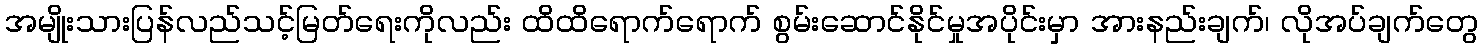
အမျိုးသားပြန်လည်သင့်မြတ်ရေးကိုလည်း ထိထိရောက်ရောက် စွမ်းဆောင်နိုင်မှုအပိုင်းမှာ အားနည်းချက်၊ လိုအပ်ချက်တွေ